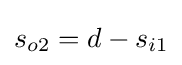
{\textstyle s_{o2}=d-s_{i1}}